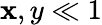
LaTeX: \mathbf{x},y\ll1